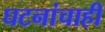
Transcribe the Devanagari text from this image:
घटनांचाही